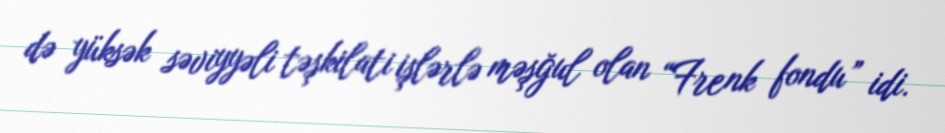
də yüksək səviyyəli təşkilati işlərlə məşğul olan “Frenk fondu” idi.